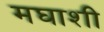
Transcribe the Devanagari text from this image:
मघाशी